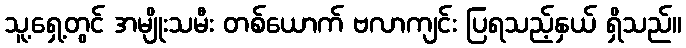
သူ့ရှေ့တွင် အမျိုးသမီး တစ်ယောက် ဗလာကျင်း ပြရသည့်နှယ် ရှိသည်။